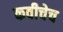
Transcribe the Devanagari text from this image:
कवीचेच